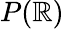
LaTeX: P(\mathbb{R})